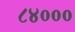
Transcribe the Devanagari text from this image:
८४०००